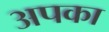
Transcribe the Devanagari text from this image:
अपका